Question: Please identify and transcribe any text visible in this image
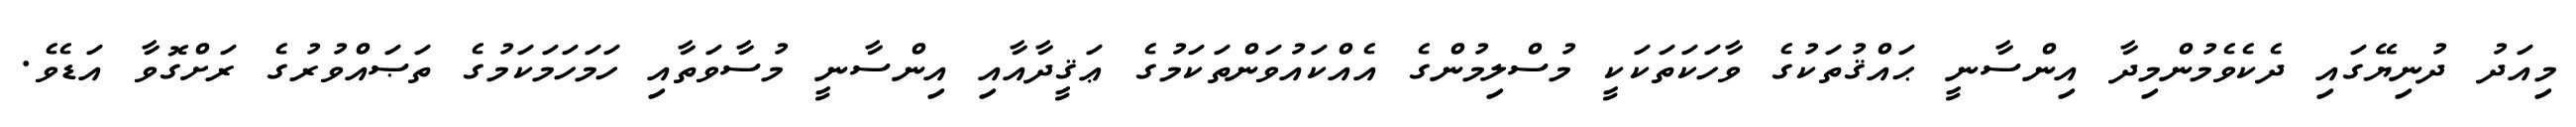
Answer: މިއަދު ދުނިޔޭގައި ދެކެވެމުންމިދާ އިންސާނީ ޙައްޤުތަކުގެ ވާހަކަތަކަކީ މުސްލިމުންގެ އެއްކައުވަންތަކަމުގެ ޢަޤީދާއާއި އިންސާނީ މުސާވަތާއި ހަމަހަމަކަމުގެ ތަޞައްވުރުގެ ރަށްގޮވާ އަޑެވެ.